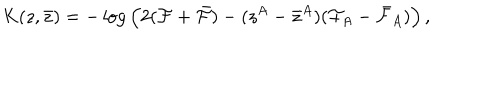
K ( z , \bar { z } ) = - \log \Big ( 2 ( { \cal F } + \bar { \cal F } ) - ( z ^ { A } - \bar { z } ^ { A } ) ( { \cal F } _ { A } - \bar { \cal F } _ { A } ) \Big ) \, ,